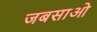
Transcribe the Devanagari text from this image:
जबसाओ